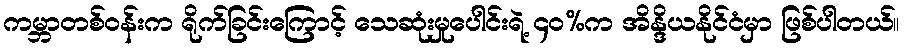
ကမ္ဘာတစ်ဝန်းက ရိုက်ခြင်းကြောင့် သေဆုံးမှုပေါင်းရဲ့ ၄၀%က အိန္ဒိယနိုင်ငံမှာ ဖြစ်ပါတယ်။